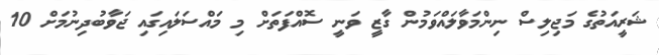
ޝަރީއަތުގެ މަޖިލިސް ނިންމަވާލައްވަމުން ގާޒީ ވަނީ ސޮއްފަތަށް މި މައްސަލައިގައި ޖަވާބުދިނުމަށް 10